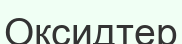
Оксидтер